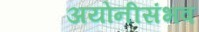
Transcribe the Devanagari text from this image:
अयोनीसंभव